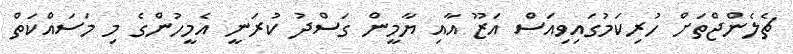
ޗެލެންޖްތަށް ހުރިކަމުގައިވިއަސް އަޒޫ އާއި ޔާމީން ގަސްދު ކުރަނީ އެމީހުންގެ މި މަސައްކަތް